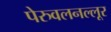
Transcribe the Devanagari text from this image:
पेरुवलनल्लूर